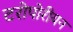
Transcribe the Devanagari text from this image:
टरोपोरीयन